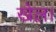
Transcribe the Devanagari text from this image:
खेल़।